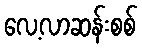
လေ့လာဆန်းစစ်